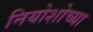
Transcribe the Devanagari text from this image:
नियोशोच्या